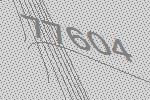
77604